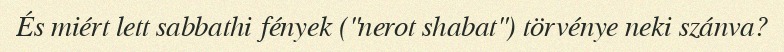
És miért lett sabbathi fények ("nerot shabat") törvénye neki szánva?